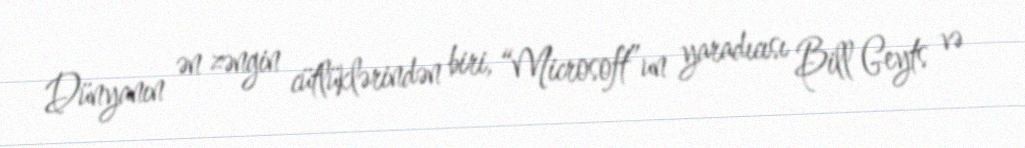
Dünyanın ən zəngin cütlüklərindən biri, “Microsoft”un yaradıcısı Bill Geyts və